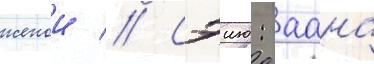
женои // Сэию: аана